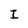
Character: I